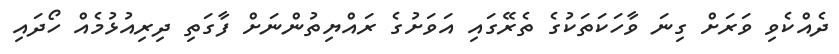
ދެއްކެވި ވަރަށް ގިނަ ވާހަކަތަކުގެ ތެރޭގައި އަވަށުގެ ރައްޔިތުންނަށް ފާގަތި ދިރިއުޅުމެއް ހޯދައި